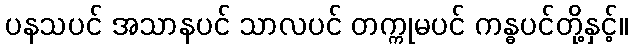
ပနသပင် အသာနပင် သာလပင် တက္ကုမပင် ကန္ဓပင်တို့နှင့်။